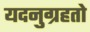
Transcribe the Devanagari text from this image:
यदनुग्रहतो